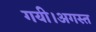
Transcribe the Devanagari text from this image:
गयी।अगस्त